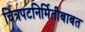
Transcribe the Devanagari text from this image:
चित्रपटनिर्मितीबाबत